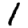
Digit: 1